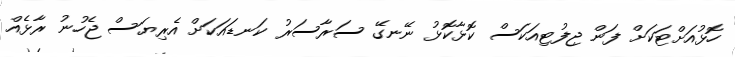
ހޮޅުއަށްޓަކަށް ފަން ޖިފުޓިއަކަސް ކޮޅާކޮޅު ނޭނގޭ ސަރާސަރު ކަނޑައަކަށް އެރިޔަސް ޖެހުނު ރާޅެއް